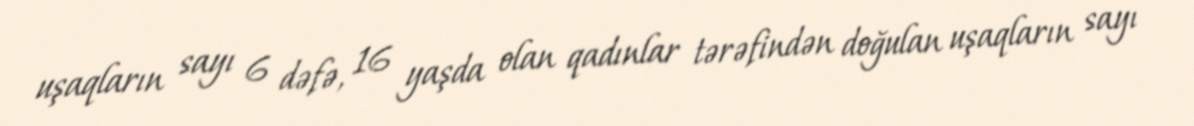
uşaqların sayı 6 dəfə, 16 yaşda olan qadınlar tərəfindən doğulan uşaqların sayı